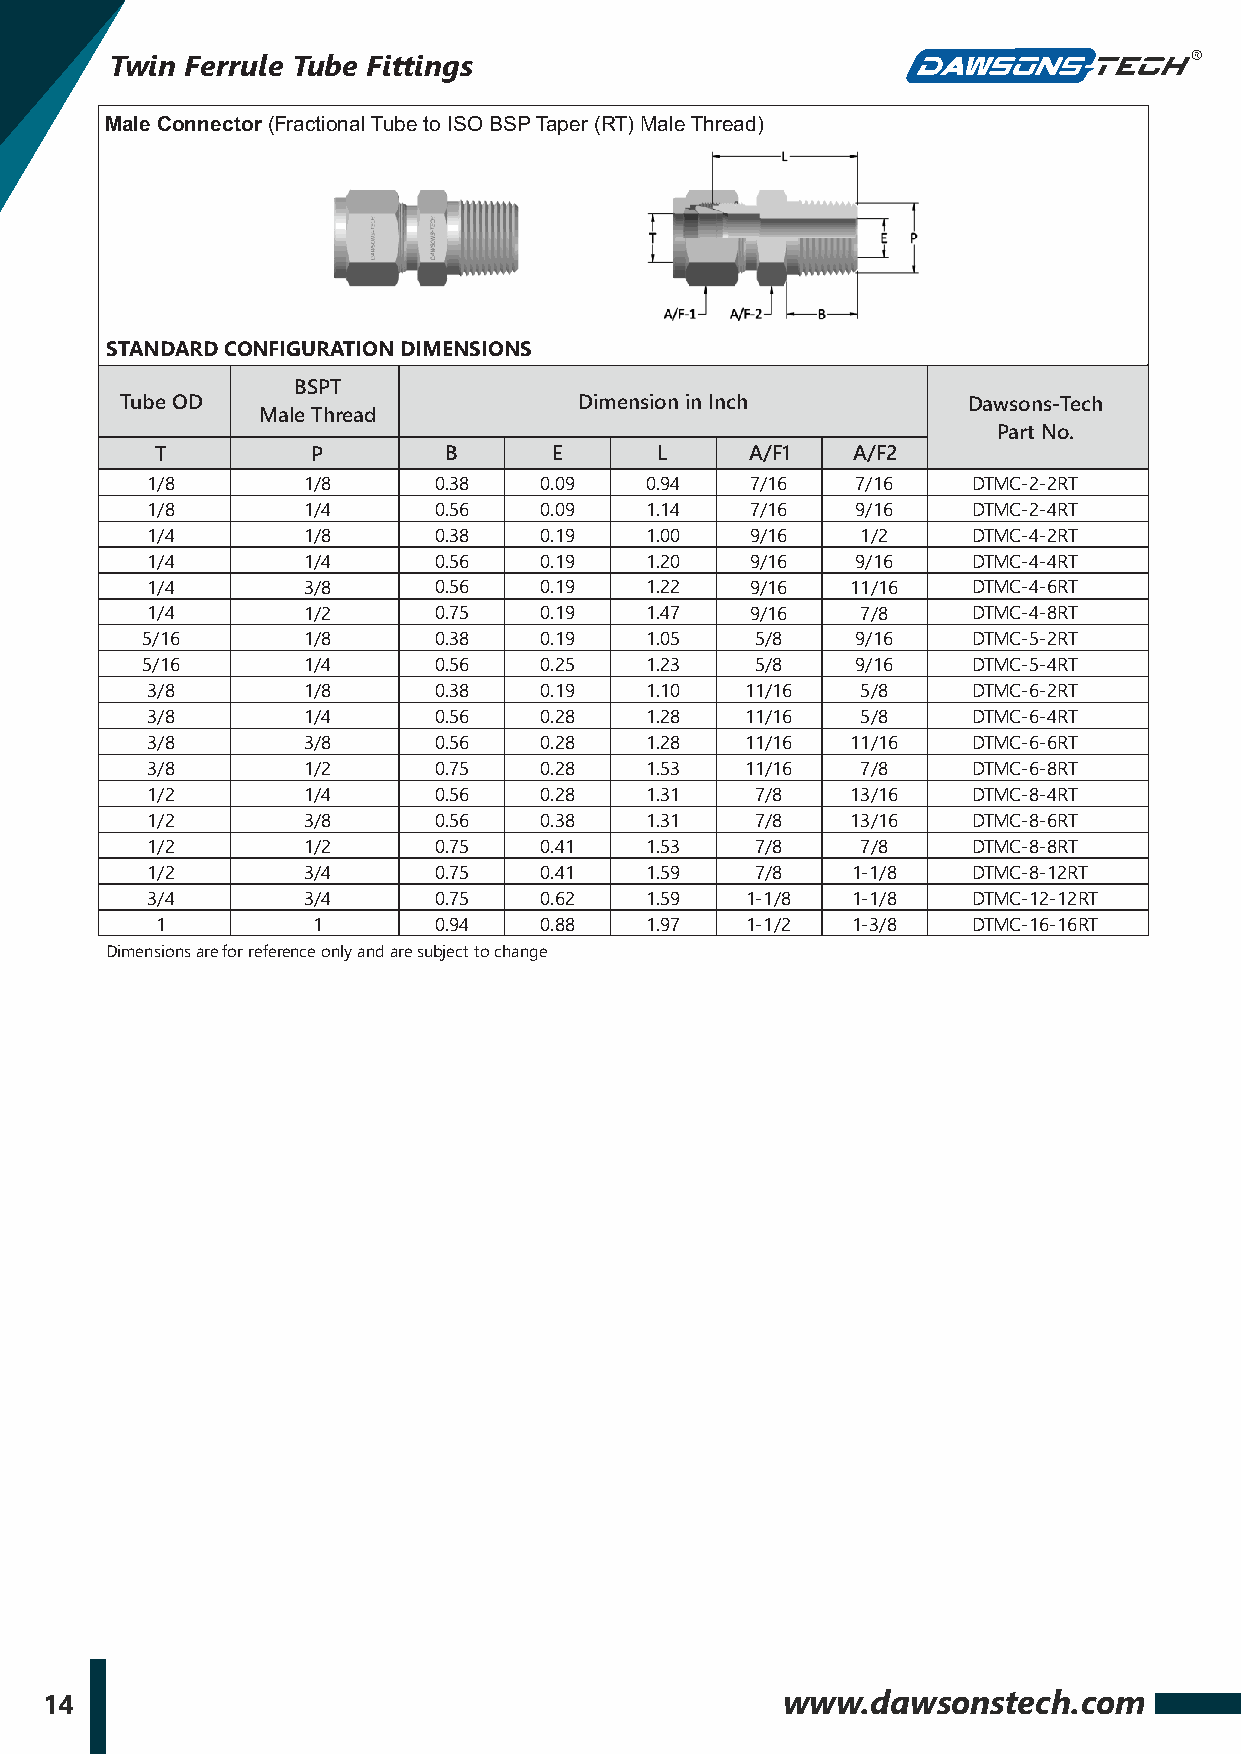
Twin Ferrule Tube Fittings
 Male Connector (Fractional Tube to ISO BSP Taper (RT) Male Thread)
 STANDARD CONFIGURATION DIMENSIONS
 BSPT
 Tube OD                       Dimension in Inch         Dawsons-Tech
 Male Thread
 Part No.
 T          P       B      E       L     A/F1  A/F2
 1/8       1/8      0.38   0.09   0.94   7/16   7/16   DTMC-2-2RT
 1/8       1/4      0.56   0.09   1.14   7/16   9/16   DTMC-2-4RT
 1/4       1/8      0.38   0.19   1.00   9/16   1/2    DTMC-4-2RT
 1/4       1/4      0.56   0.19   1.20   9/16   9/16   DTMC-4-4RT
 1/4       3/8      0.56   0.19   1.22   9/16  11/16   DTMC-4-6RT
 1/4       1/2      0.75   0.19   1.47   9/16   7/8    DTMC-4-8RT
 5/16       1/8      0.38   0.19   1.05   5/8    9/16   DTMC-5-2RT
 5/16       1/4      0.56   0.25   1.23   5/8    9/16   DTMC-5-4RT
 3/8       1/8      0.38   0.19   1.10  11/16   5/8    DTMC-6-2RT
 3/8       1/4      0.56   0.28   1.28  11/16   5/8    DTMC-6-4RT
 3/8       3/8      0.56   0.28   1.28  11/16  11/16   DTMC-6-6RT
 3/8       1/2      0.75   0.28   1.53  11/16   7/8    DTMC-6-8RT
 1/2       1/4      0.56   0.28   1.31   7/8   13/16   DTMC-8-4RT
 1/2       3/8      0.56   0.38   1.31   7/8   13/16   DTMC-8-6RT
 1/2       1/2      0.75   0.41   1.53   7/8    7/8    DTMC-8-8RT
 1/2       3/4      0.75   0.41   1.59   7/8   1-1/8   DTMC-8-12RT
 3/4       3/4      0.75   0.62   1.59  1-1/8  1-1/8   DTMC-12-12RT
 1          1       0.94   0.88   1.97  1-1/2  1-3/8   DTMC-16-16RT
 Dimensions are for reference only and are subject to change
 14                                               www.dawsonstech.com